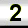
Digit: 2